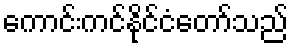
ကောင်းကင်နိုင်ငံတော်သည်